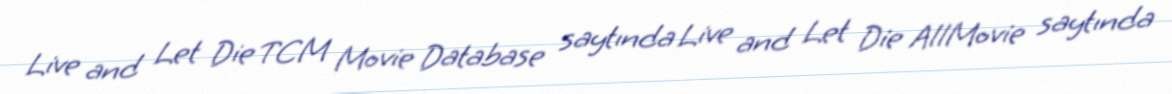
Live and Let Die TCM Movie Database saytında Live and Let Die AllMovie saytında